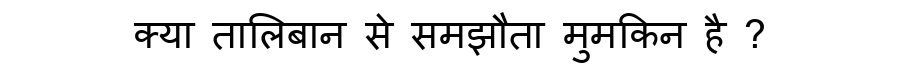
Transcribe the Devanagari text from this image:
क्या तालिबान से समझौता मुमकिन है ?